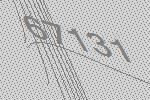
67131